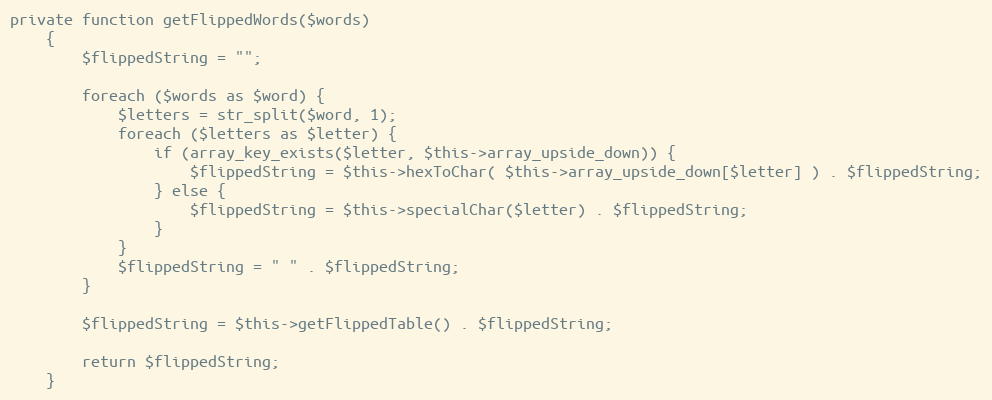
Language: PHP
private function getFlippedWords($words)
    {
        $flippedString = "";

        foreach ($words as $word) {
            $letters = str_split($word, 1);
            foreach ($letters as $letter) {
                if (array_key_exists($letter, $this->array_upside_down)) {
                    $flippedString = $this->hexToChar( $this->array_upside_down[$letter] ) . $flippedString;
                } else {
                    $flippedString = $this->specialChar($letter) . $flippedString;
                }
            }
            $flippedString = " " . $flippedString;
        }

        $flippedString = $this->getFlippedTable() . $flippedString;

        return $flippedString;
    }